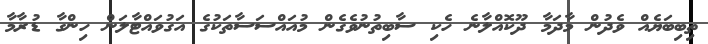
ތިބިބަޔެއް ވެދުން މާދަމާ ދޫކޮއްލާނެ ހެކި ސާބިތުނުވެގެން މުއައްސަސާތަކުގެ އަގުވައްޓާލަން ހިންގާ ޑުރާމާ